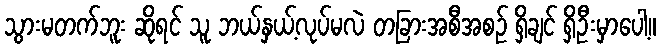
သွားမတက်ဘူး ဆိုရင် သူ ဘယ်နှယ့်လုပ်မလဲ တခြားအစီအစဉ် ရှိချင် ရှိဦးမှာပေါ့။